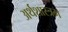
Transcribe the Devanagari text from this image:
अर्थशास्त्रम